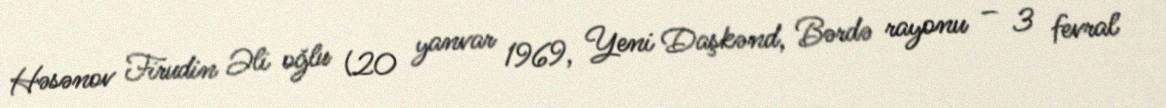
Həsənov Firudin Əli oğlu (20 yanvar 1969, Yeni Daşkənd, Bərdə rayonu – 3 fevral